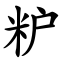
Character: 粐